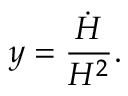
y = \frac { \dot { H } } { H ^ { 2 } } .